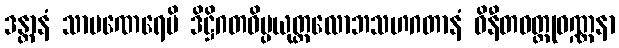
ဒန္တာနံ သာမဏေရေပိ ဒိဋ္ဌိဂတဝိပ္ပယုတ္တလောဘသဟဂတာနံ ဝိနီတဝတ္ထုဝဏ္ဏနာ